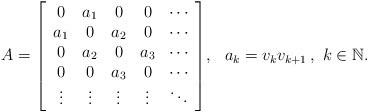
\begin{align*}A=\left[\begin{array}{ccccc}0 & a_{1} & 0 & 0 & \cdots\\a_{1} & 0 & a_{2} & 0 & \cdots\\0 & a_{2} & 0 & a_{3} & \cdots\\0 & 0 & a_{3} & 0 & \cdots\\\vdots & \vdots & \vdots & \vdots & \ddots\end{array}\right]\!,\ \ a_{k}=v_{k}v_{k+1}\,,\ k\in\mathbb{N}.\end{align*}